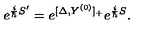
e ^ { { \frac { i } { \hbar } } S ^ { \prime } } = e ^ { [ \Delta , Y ^ { ( 0 ) } ] _ { + } } e ^ { { \frac { i } { \hbar } } S } .